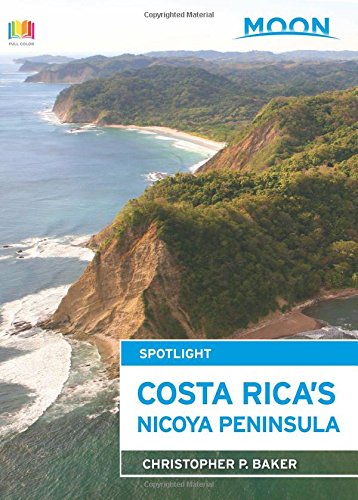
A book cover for Moon Spotlight Costa Rica's Nicoya Peninsula; Christopher P. Baker; Travel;